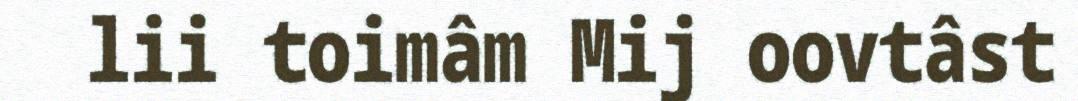
lii toimâm Mij oovtâst